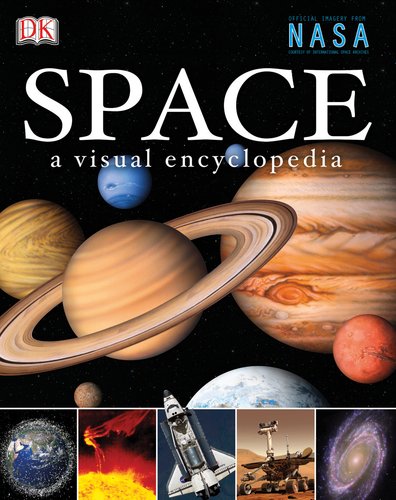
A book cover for Space: a Visual Encyclopedia; DK Publishing; Children's Books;